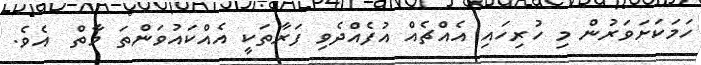
ހަމަކަށަވަރުން މި ހުރިހައި އެއްޗެއް އުފެއްދެވި ފަރާތަކީ އެއްކައުވަންތަ މާތް  އެވެ.